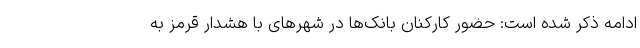
ادامه ذکر شده است: حضور کارکنان بانک‌ها در شهرهای با هشدار قرمز به